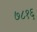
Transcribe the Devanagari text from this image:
७८१६